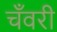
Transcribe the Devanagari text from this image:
चँवरी